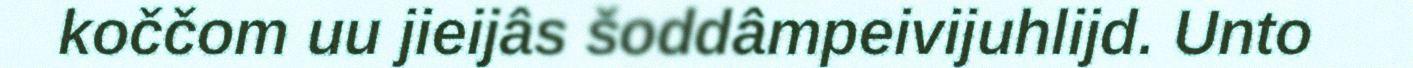
koččom uu jieijâs šoddâmpeivijuhlijd. Unto